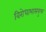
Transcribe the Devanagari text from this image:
विरोधाभासयुक्त